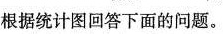
根据统计图回答下面的问题。